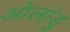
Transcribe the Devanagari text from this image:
ओलांडु